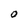
Character: O